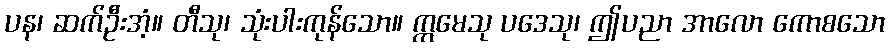
ပန၊ ဆက်ဦးအံ့။ တီသု၊ သုံးပါးကုန်သော။ ဣမေသု ပဒေသု၊ ဤပညာ အာလော ကောစသော